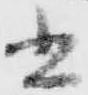
書